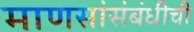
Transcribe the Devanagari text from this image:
माणसांसंबंधीची